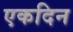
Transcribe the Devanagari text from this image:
एकदिन